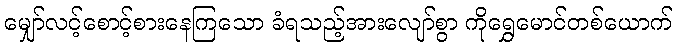
မျှော်လင့်စောင့်စားနေကြသော ခံရသည့်အားလျော်စွာ ကိုရွှေမောင်တစ်ယောက်